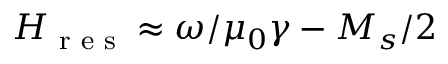
H _ { \textrm { r e s } } \approx \omega / \mu _ { 0 } \gamma - M _ { s } / 2